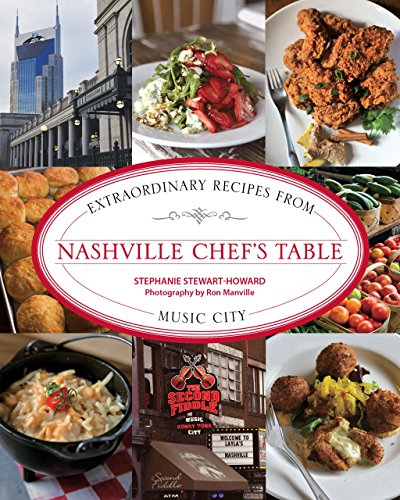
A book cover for Nashville Chef's Table: Extraordinary Recipes From Music City; Stephanie Stewart-Howard; Travel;